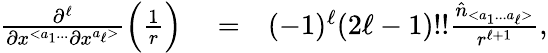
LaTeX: \begin{array}{rlr}{\frac{\partial^{\ell}}{\partial x^{<a_{1}...}\partial x^{a_{\ell}>}}\Big(\frac{1}{r}\Big)}&{{}=}&{(-1)^{\ell}(2\ell-1)!!\frac{\hat{n}_{<a_{1}...a_{\ell}>}}{r^{\ell+1}},}\end{array}